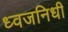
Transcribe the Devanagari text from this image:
ध्वजनिधी